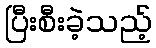
ပြီးစီးခဲ့သည့်